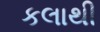
કલાથી